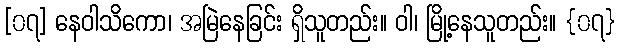
[၀၇] နေဝါသိကော၊ အမြဲနေခြင်း ရှိသူတည်း။ ဝါ၊ မြို့နေသူတည်း။ {၀၇}